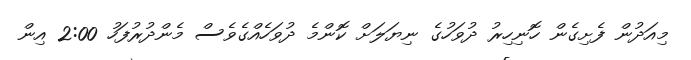
މިއަދުން ފެށިގެން ހޮނިހިރު ދުވަހުގެ ނިޔަލަށް ކޮންމެ ދުވަހެއްގެވެސް މެންދުރުފަހު 2:00 އިން